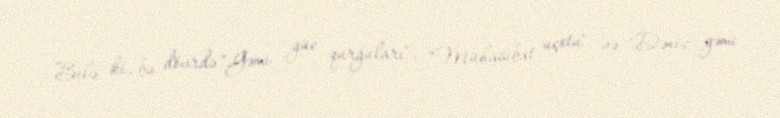
Belə ki, bu dövrdə "Gəmi güc qurğuları", "Mühasibat uçotu" və "Dəniz gəmi